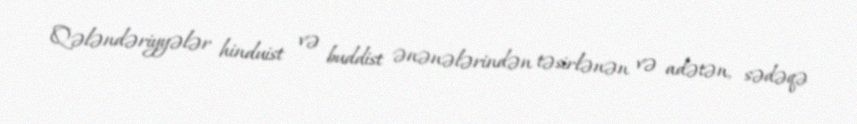
Qələndəriyyələr hinduist və buddist ənənələrindən təsirlənən və adətən, sədəqə